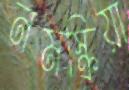
নমস্ক্রিয়া